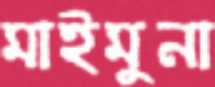
মাইমুনা